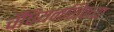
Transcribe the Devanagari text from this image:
चँपियनशिपच्या